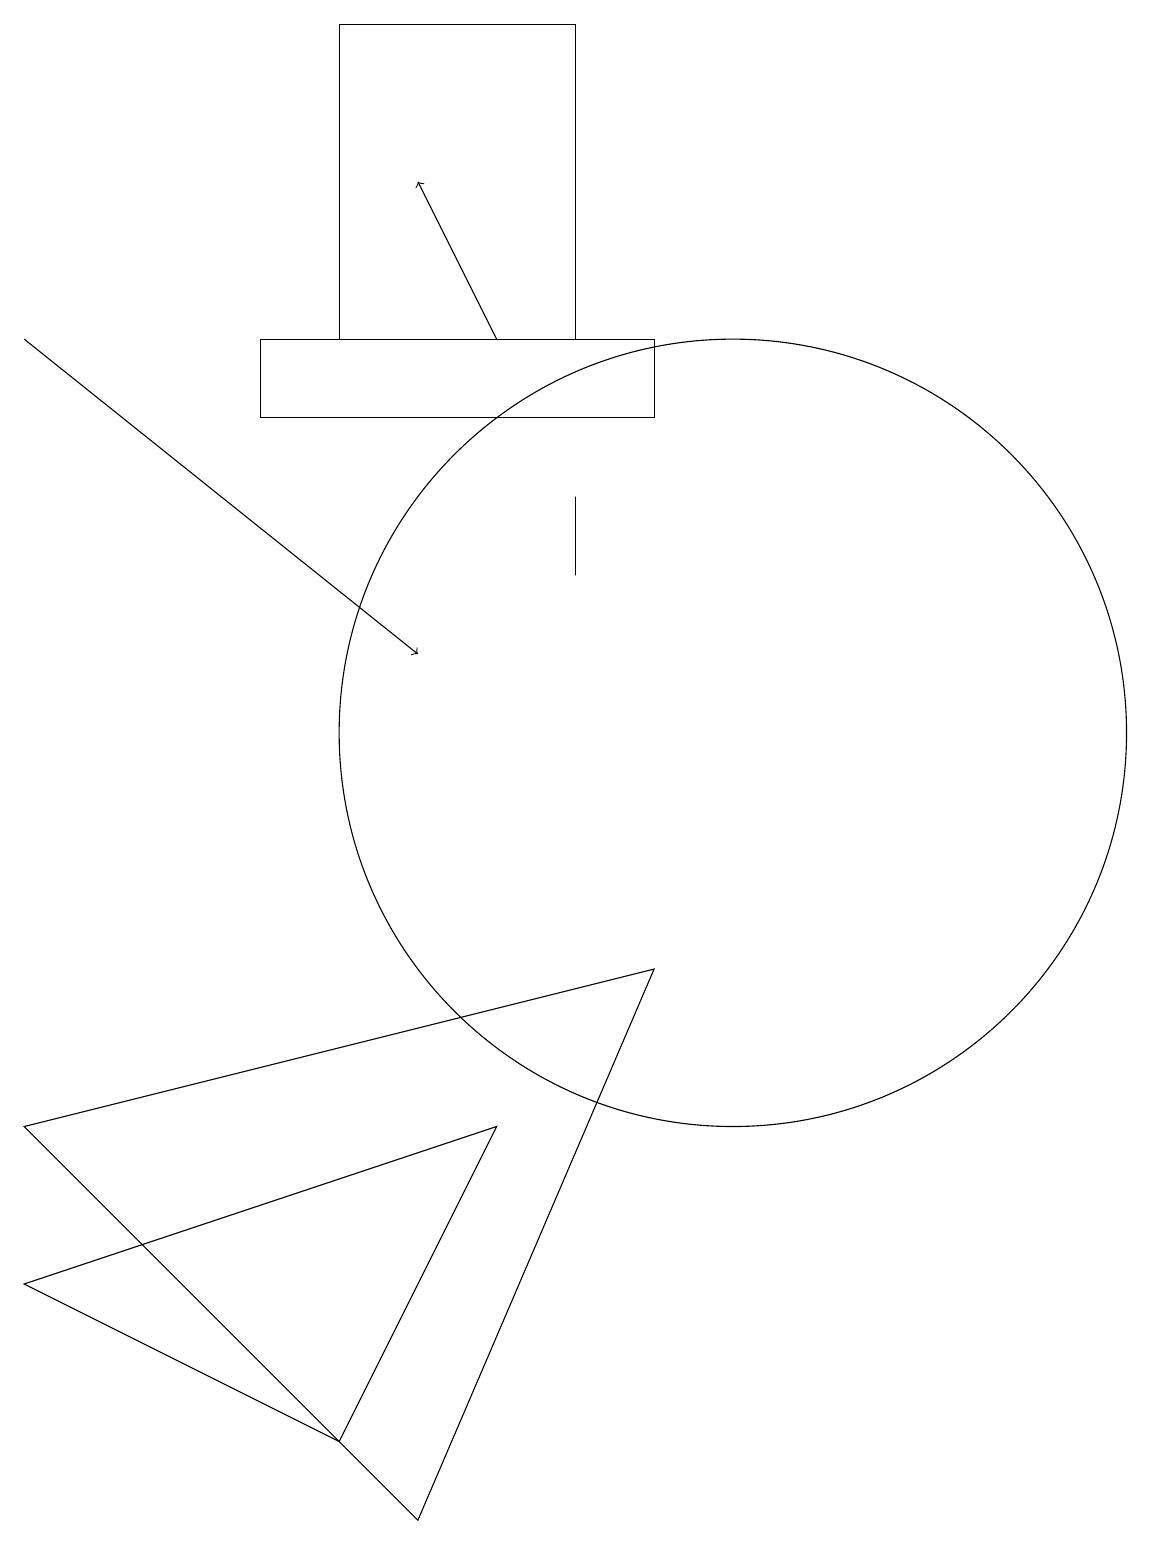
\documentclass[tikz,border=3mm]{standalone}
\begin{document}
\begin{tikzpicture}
\draw (6,0) -- (9,7) -- (1,5) -- cycle;
\draw[->] (1,15) -- (6,11);
\draw (1,3) -- (7,5) -- (5,1) -- cycle;
\draw (8,19) rectangle (5,15);
\draw[->] (7,15) -- (6,17);
\draw (10,10) circle (5);
\draw (9,14) rectangle (4,15);
\draw (8,13) rectangle (8,12);
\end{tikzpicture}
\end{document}